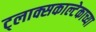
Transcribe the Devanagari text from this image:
ट्लाक्सकाल्टेकाच्या